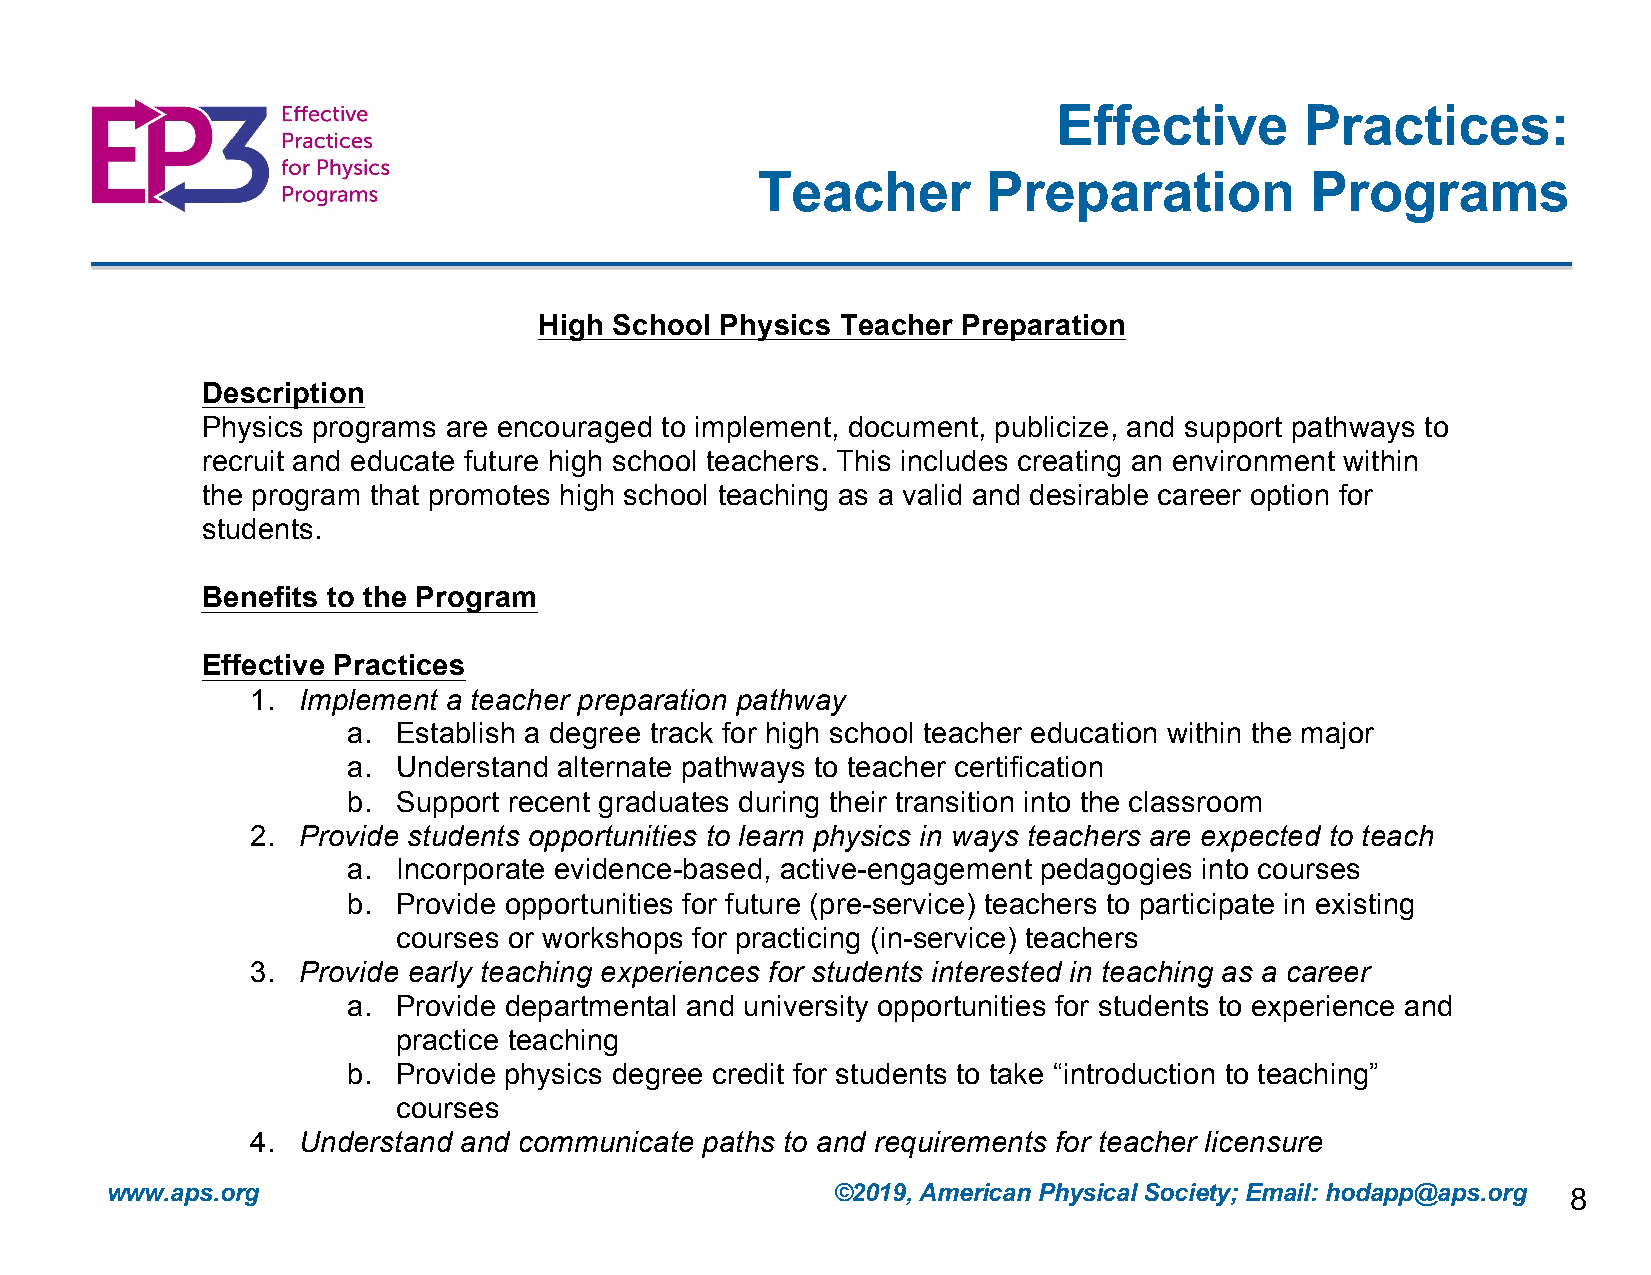
Effective       Practices:
 Teacher        Preparation           Programs
 High School Physics Teacher Preparation
 Description
 Physics programs are encouraged to implement, document, publicize, and support pathways to
 recruit and educate future high school teachers. This includes creating an environment within
 the program that promotes high school teaching as a valid and desirable career option for
 students.
 Benefits to the Program
 Effective Practices
 1. Implement a teacher preparation pathway
 a. Establish a degree track for high school teacher education within the major
 a. Understand alternate pathways to teacher certification
 b. Support recent graduates during their transition into the classroom
 2. Provide students opportunities to learn physics in ways teachers are expected to teach
 a. Incorporate evidence-based, active-engagement pedagogies into courses
 b. Provide opportunities for future (pre-service) teachers to participate in existing
 courses or workshops for practicing (in-service) teachers
 3. Provide early teaching experiences for students interested in teaching as a career
 a. Provide departmental and university opportunities for students to experience and
 practice teaching
 b. Provide physics degree credit for students to take “introduction to teaching”
 courses
 4. Understand and communicate paths to and requirements for teacher licensure
 a. Identify and support appropriate individual(s) to advise students
 www.aps.org                                     ©2019, American Physical Society; Email: hodapp@aps.org 8
 b. Cultivate active relationships with School of Education faculty responsible for
 science teacher licensure (individually or in collaboration with other STEM
 departments)
 5. Communicate the value of teaching as a career path
 a. Faculty should use language that is supportive of teaching as a career in their
 courses, department activities, and when advising or mentoring students
 b. Sponsor regular faculty discussions on promoting teacher education in the
 department
 c. Share data on teacher salaries and employment opportunities with faculty and
 students
 d. Include practicing teachers from your program when highlighting
 accomplishments of graduates/alumni
 6. Promote the program and actively recruit students
 a. Advertise the program through posters, flyers, and department website
 b. Intentionally recruit promising students to teaching
 c. Bring practicing high school teachers to campus to speak with students
 Programmatic  assessments
 Evidence  and Resources